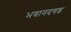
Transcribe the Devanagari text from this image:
भवानदगड